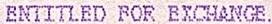
ENTITLED FOR EXCHANGE.